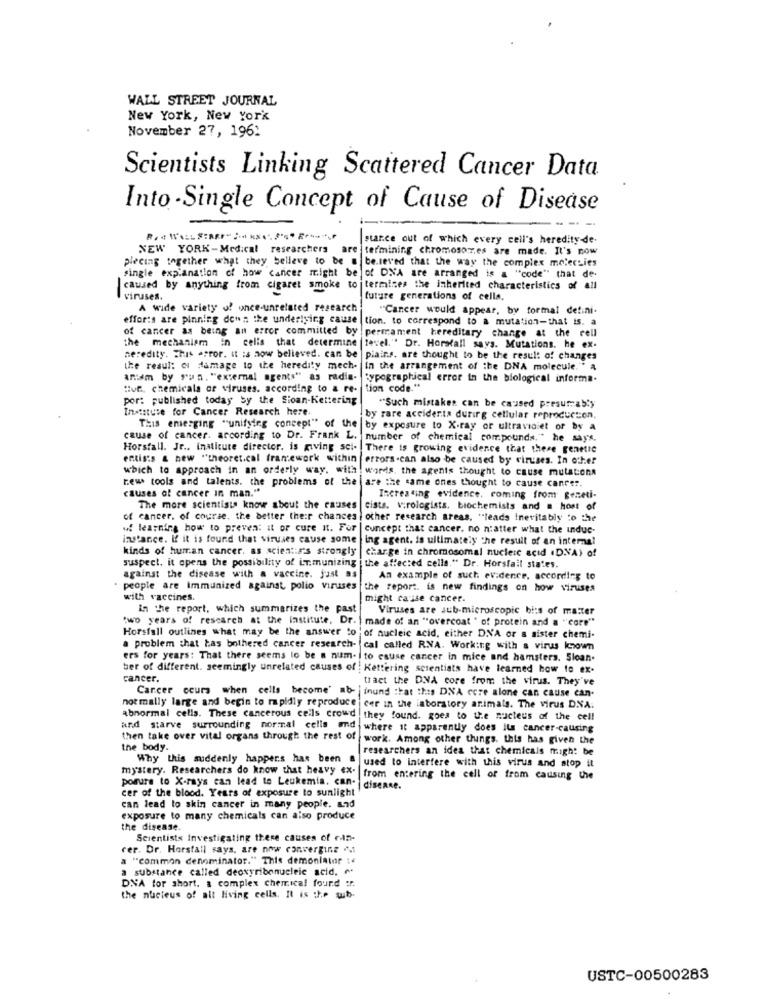
WALL STREET JOURNAL
New York, New York
November 27, 196:
Scientists Linking Scattered Cancer Data
Into -Single Concept of Cause of Disease
starce out of which every cell's heredity-de-
NEW YORK-Medical researchers
are termining chromosoz.es are made. It's now
placing together what they believe to be a
be.seved that the way the complex molecules
single explanation of how cancer might be of DNA are arranged is a "code" that de-
caused by anything from cigaret smoke to termines the inherited characteristics of all
viruses.
-
future generations of cella.
A wide variety of once-unrelated research
"Cancer would appear, by formal defini-
efforts are pinning denn the underlying cause |tion. to correspond to a mutation-that is. a
of cancer as being an error committed by
permament hereditary change at the rell
the mechanism in cells that determine tevel." Dr. Horstall says. Mutations. he ex-
heredity. This error. it is now believed. can be piains. are thought to be the result of changes
the resul: or damage to the heredity mech-
in the arrangement of the DNA molecule."" a
aram by run. "external agents" as radia-
typographical error in the biological informa-
tue, chemicals or viruses. according to a re- tion code."
por: published today by the Stoan-Kettering
Institute for Cancer Research here.
"Such mistaken can be caused presumably
This emerging "unifying concept" of the
by rare accidents during cellular reproduction.
by exposure to X-ray or ultraviolet or by a
cause of cancer. according to Dr. Frank L. number of chemical compounds." he says.
Horsfall. Jr ., institute director. is giving sci. There is growing evidence that there genetic
entis:s & new "theoret.cal francework within errors-can also be caused by viruses. In other
which to approach in an orderly way. with words, the agents thought to cause mutations
rews tools and talents. the problems of the |are the same ones thought to cause cancer.
causes of cancer In man."
Increasing evidence, coming from geneti-
The more scientists know about the causes
cists. virologists. biochemists and a host of
of cancer. of course. the better the:r chances : other research areas, "leads Inevitably to the
w learning how to prevent it or cure it. For | concept that cancer. no n'atter what the induc-
instance. If it is found that viruses cause some |ing agent. is ultimately the result of an internal
kinds of human cancer. as scientiIs strongly
charge in chromosomal nucleic acid .D.NA) of
suspect. it opens the possibility of immunizing | the affected cells." Dr. Horsfail states.
against the disease with a vaccine. just as
An example of such evidence, according to
people are Immunized against polio viruses
the report. is new findings on how viruses
with vaccines.
might cause cancer.
in the report, which summarizes the past
Viruses are sub-microscopic bits of matter
two years of rescarch at the institute, Dr. | made of an "overcoat ' of protein and a "core"
Horsfall outlines what may be the answer to ' of nucleic acid, either DNA or a sister chemi-
problem that tas bothered cancer research-
cal called R.NA. Working with a virus known
ers for years: That there seems to be a num- to cause cancer in mice and hamsters. Sloan.
ber of different. seemingly unrelated causes of : Kettering scientists have learned how to ex.
cancer.
tract the D.NA core from the virus. They've
normally large and begin to rapidly reproduce
Carcer cours when cells become' ab inund that this DNA core alone can cause can-
abnormal cells. These cancerous cells crowd
cer in the laboratory animals. The virus DNA.
they found. goes to ue nacteus of the cell
and starve surrounding normal cells and
where it apparently does Ils cancer-causing
then take over vital organs through the rest of
work. Among other things. this has given the
the body.
researchers an idea that chemicals might be
Why this suddenly happers has been a
used to interfere with this virus and stop it
mystery. Researchers do know that heavy "X. from entering the cell or from causing the
porure to X-rays can lead to Leukemia. can- |disenne.
cer of the blood. Years of exposure to sunlight
can lead to skin cancer in many people. and
exposure to many chemicals can also produce
the disease.
Scientists Investigating there causes of cn-
rer. Dr. Horsfall says, are now converging
a "common denominator." This demonlator :
a substance called deoxyribonucleic acid. ".
DNA for short. a complex chemical found :r.
the nucleus of alt living cells. It is the wb-
USTC-00500283